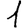
Digit: 1